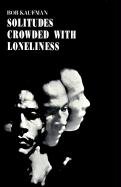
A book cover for Solitudes Crowded with Loneliness (New Directions Paperbook); Bob Kaufman; Literature & Fiction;